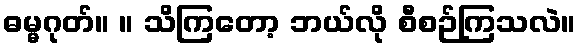
ဓမ္မဂုတ်။ ။ သိကြတော့ ဘယ်လို စီစဉ်ကြသလဲ။